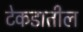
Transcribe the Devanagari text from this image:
टेकडातील